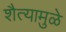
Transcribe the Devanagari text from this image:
शैत्यामुळे